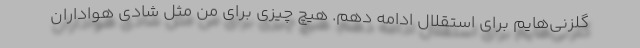
گلزنی‌هایم برای استقلال ادامه دهم. هیچ چیزی برای من مثل شادی هواداران